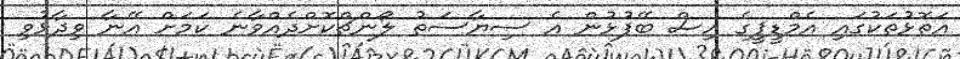
އަތޮޅުތަކުގައި އެމްޑީޕީގެ އިސް ބޭފުޅުން އެ ސިޔާސަތު ލޯންޗްކޮށްދެއްވާނެ ކަމަށް އޭނާ ވިދާޅުވި